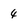
Character: 4